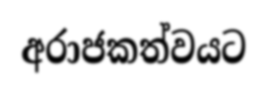
අරාජකත්වයට